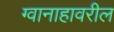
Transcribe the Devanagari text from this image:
ग्वानाहावरील